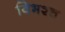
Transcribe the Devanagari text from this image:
विभश्च